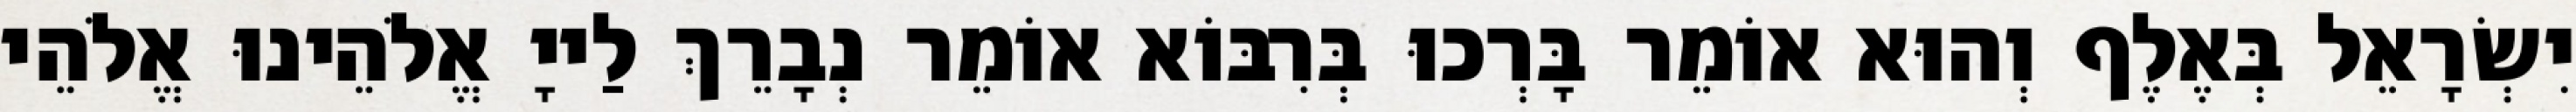
יִשְׂרָאֵל בְּאֶלֶף וְהוּא אוֹמֵר בָּרְכוּ בְּרִבּוֹא אוֹמֵר נְבָרֵךְ לַייָ אֱלֹהֵינוּ אֱלֹהֵי